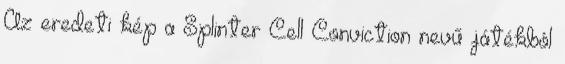
Az eredeti kép a Splinter Cell Conviction nevű játékból